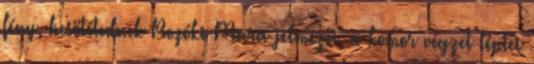
fény, besötétednek Bozóki Mara jelmezei, a komor végzet léptei